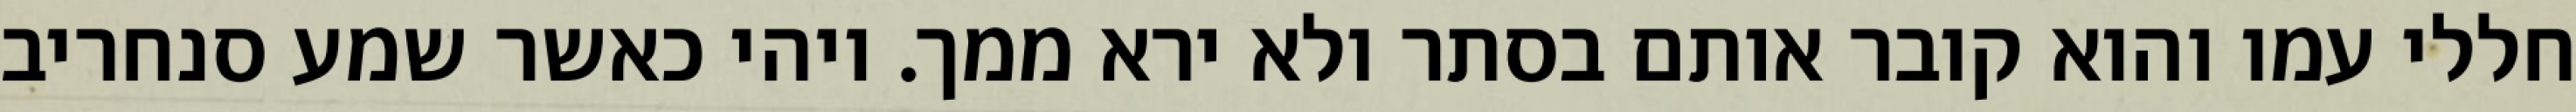
חללי עמו והוא קובר אותם בסתר ולא ירא ממך. ויהי כאשר שמע סנחריב